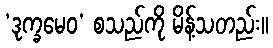
‘ဒုက္ခမေဝ’ စသည်ကို မိန့်သတည်း။